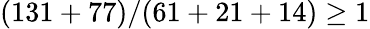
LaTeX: (131+77)/(61+21+14)\geq 1